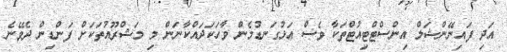
އަދި ފައިނޭންޝަލް އިންސްޓްޓިއުޓްތަކާ ވެސް އަޅުގަނޑުމެން ވާހަކަދައްކާނަން މި މަޝްރޫއުތަކަށް ފަންޑިން ދެވޭނެ